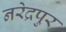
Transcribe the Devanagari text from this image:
नरेद्रपुर